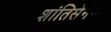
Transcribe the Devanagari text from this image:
शांतिसेनेने